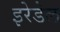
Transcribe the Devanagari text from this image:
इरेडेल